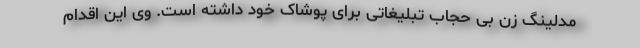
مدلینگ زن بی حجاب تبلیغاتی برای پوشاک خود داشته است. وی این اقدام